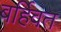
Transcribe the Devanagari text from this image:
बर्हिवत